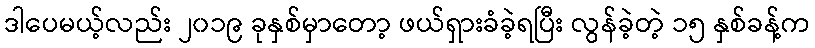
ဒါပေမယ့်လည်း ၂၀၁၉ ခုနှစ်မှာတော့ ဖယ်ရှားခံခဲ့ရပြီး လွန်ခဲ့တဲ့ ၁၅ နှစ်ခန့်က